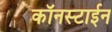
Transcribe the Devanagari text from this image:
कॉनस्टाईन